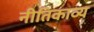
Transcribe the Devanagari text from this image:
नीतिकाव्य